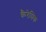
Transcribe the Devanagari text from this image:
कैरेमिक